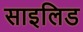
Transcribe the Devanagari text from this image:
साइलिड